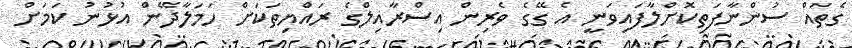
ގެތައް ސުންނާފަތިކޮށްލާފައިވަނީ އެ ގޭގެ ވެރިން އިސްރާއިލްގެ ރައްޔިތަކަށް ހަމަލާދޭން އުޅުނު ކަމަށް